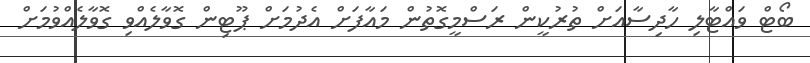
ބޯޓް ވައްޓާލި ހާދިސާއަށް ތުރުކީން ރަސްމީގޮތުން މައާފަށް އެދުމަށް ޕޫޓިން ގޮވާލެއްވި ގޮވާލެއްވުމަށް